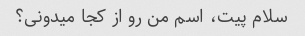
سلام پیت، اسم من رو از کجا میدونی؟